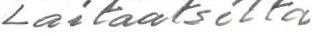
Laitaatsilta